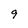
Character: 9